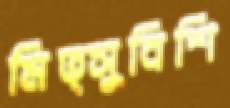
মিত্সুবিশি